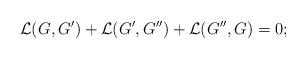
LaTeX: \begin{align*} \mathcal{L}(G,G')+\mathcal{L}(G',G'')+\mathcal{L}(G'',G)=0; \end{align*}